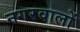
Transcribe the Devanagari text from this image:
नगरवालों